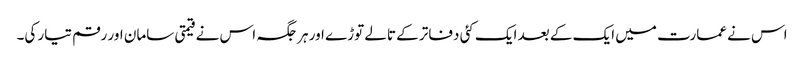
اس نے عمارت میں ایک کے بعد ایک کئی دفاتر کے تالے توڑے اور ہرجگہ اس نے قیمتی سامان اور رقم تیار کی۔